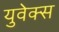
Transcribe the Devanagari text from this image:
युवेक्स